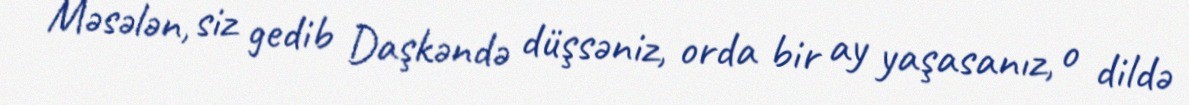
Məsələn, siz gedib Daşkəndə düşsəniz, orda bir ay yaşasanız, o dildə